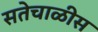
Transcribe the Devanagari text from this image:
सतेचाळीस